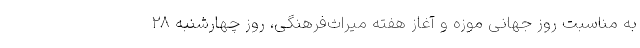
به مناسبت روز جهانی موزه و آغاز هفته میراث‌فرهنگی، روز چهارشنبه ۲۸